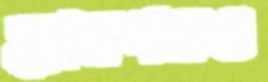
হ্যারপরও